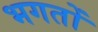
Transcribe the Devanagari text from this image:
भगतोँ